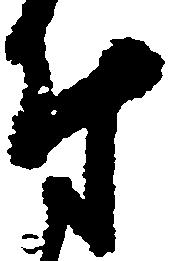
付